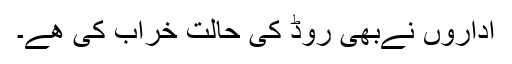
اداروں نےبھی روڈ کی حالت خراب کی ھے۔